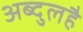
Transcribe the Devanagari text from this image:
अब्दुलहै